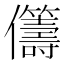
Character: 𠑥